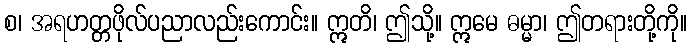
စ၊ အရဟတ္တဖိုလ်ပညာလည်းကောင်း။ ဣတိ၊ ဤသို့။ ဣမေ ဓမ္မာ၊ ဤတရားတို့ကို။